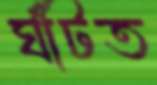
ঘাঁটত